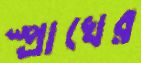
স্প্রাখের